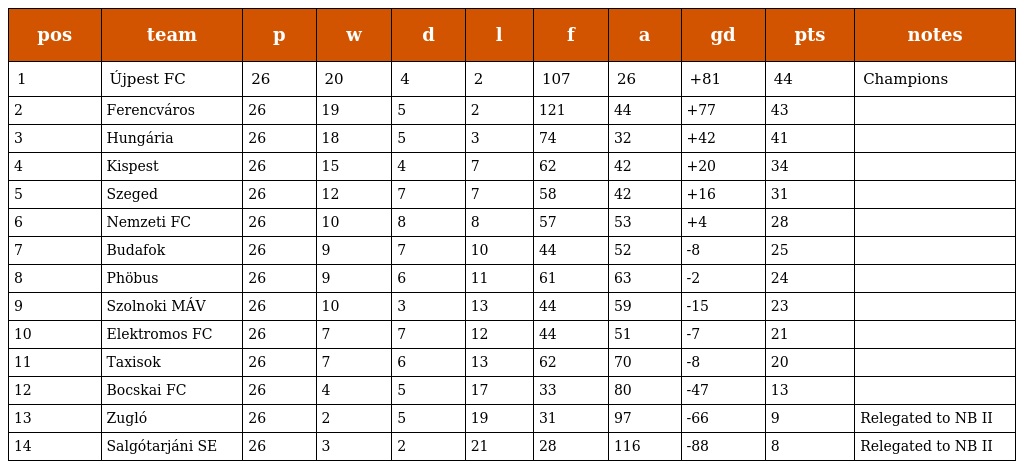
| pos | team | p | w | d | l | f | a | gd | pts | notes |
 | --- | --- | --- | --- | --- | --- | --- | --- | --- | --- | --- |
 | 1 | Újpest FC | 26 | 20 | 4 | 2 | 107 | 26 | +81 | 44 | Champions |
 | 2 | Ferencváros | 26 | 19 | 5 | 2 | 121 | 44 | +77 | 43 |  |
 | 3 | Hungária | 26 | 18 | 5 | 3 | 74 | 32 | +42 | 41 |  |
 | 4 | Kispest | 26 | 15 | 4 | 7 | 62 | 42 | +20 | 34 |  |
 | 5 | Szeged | 26 | 12 | 7 | 7 | 58 | 42 | +16 | 31 |  |
 | 6 | Nemzeti FC | 26 | 10 | 8 | 8 | 57 | 53 | +4 | 28 |  |
 | 7 | Budafok | 26 | 9 | 7 | 10 | 44 | 52 | -8 | 25 |  |
 | 8 | Phöbus | 26 | 9 | 6 | 11 | 61 | 63 | -2 | 24 |  |
 | 9 | Szolnoki MÁV | 26 | 10 | 3 | 13 | 44 | 59 | -15 | 23 |  |
 | 10 | Elektromos FC | 26 | 7 | 7 | 12 | 44 | 51 | -7 | 21 |  |
 | 11 | Taxisok | 26 | 7 | 6 | 13 | 62 | 70 | -8 | 20 |  |
 | 12 | Bocskai FC | 26 | 4 | 5 | 17 | 33 | 80 | -47 | 13 |  |
 | 13 | Zugló | 26 | 2 | 5 | 19 | 31 | 97 | -66 | 9 | Relegated to NB II |
 | 14 | Salgótarjáni SE | 26 | 3 | 2 | 21 | 28 | 116 | -88 | 8 | Relegated to NB II |